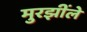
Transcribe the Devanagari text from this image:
मुरझींले